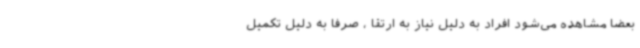
بعضا مشاهده می‌شود افراد به دلیل نیاز به ارتقا ، صرفا به دلیل تکمیل